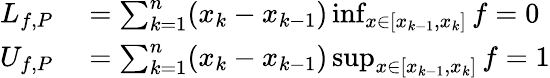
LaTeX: \begin{array}{rl}{L_{f,P}}&{{}=\sum_{k=1}^{n}(x_{k}-x_{k-1})\operatorname*{inf}_{x\in[x_{k-1},x_{k}]}f=0}\\ {U_{f,P}}&{{}=\sum_{k=1}^{n}(x_{k}-x_{k-1})\operatorname*{sup}_{x\in[x_{k-1},x_{k}]}f=1}\end{array}